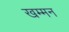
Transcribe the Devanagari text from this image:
खम्मन